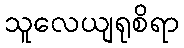
သူလေယျရုစိရာ